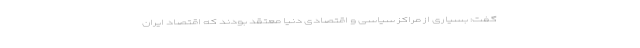
گفت: بسیاری از مراکز سیاسی و اقتصادی دنیا معتقد بودند که اقتصاد ایران